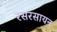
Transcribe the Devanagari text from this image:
रसरसायन